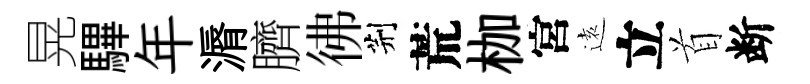
晃驆年漘臍彿荆荒枷宮逺立首断